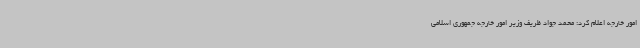
امور خارجه اعلام کرد: محمد جواد ظریف وزیر امور خارجه جمهوری اسلامی